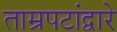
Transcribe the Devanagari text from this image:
ताम्रपटांद्वारे